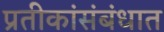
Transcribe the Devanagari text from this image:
प्रतीकांसंबंधात